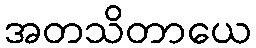
အတသိတာယေ